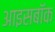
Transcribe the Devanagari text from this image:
आइसबॉक